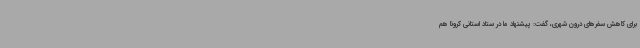
برای کاهش سفرهای درون شهری، گفت: پیشنهاد ما در ستاد استانی کرونا هم